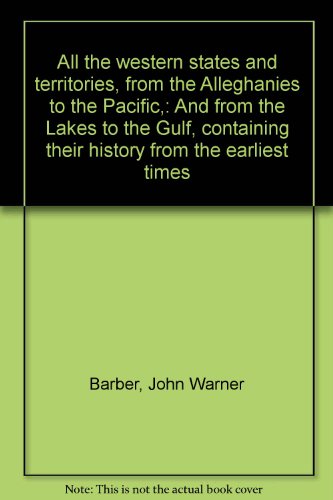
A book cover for All the western states and territories, from the Alleghanies to the Pacific,: And from the Lakes to the Gulf, containing their history from the earliest times; John Warner Barber; Travel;